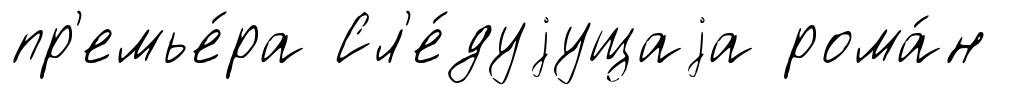
пр'емье́ра Сл'е́дуjущаjа рома́н